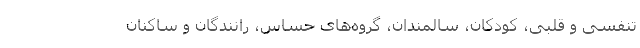
تنفسی و قلبی، کودکان، سالمندان، گروه‌های حساس، رانندگان و ساکنان